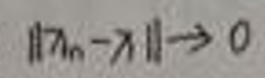
$\left\lVert x_{n} - x \right\rVert \to 0$